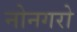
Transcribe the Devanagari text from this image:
नोनगरो